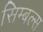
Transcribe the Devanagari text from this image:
सिम्बल्स